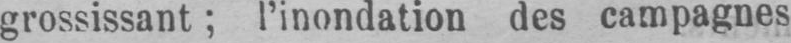
grossissant; l’inondation des campagnes